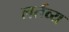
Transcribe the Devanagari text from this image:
लर्तव्य